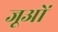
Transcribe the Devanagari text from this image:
जूओं